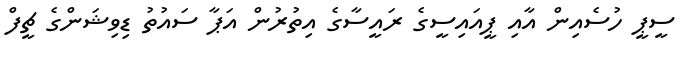
ސީޕީ ހުސެއިން އާއި ޕީއައިސީގެ ރައީސާގެ އިތުރުން އަޕާ ސައުތު ޑިވިޝަންގެ ޗީފް